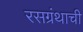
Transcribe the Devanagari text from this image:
रसग्रंथाची